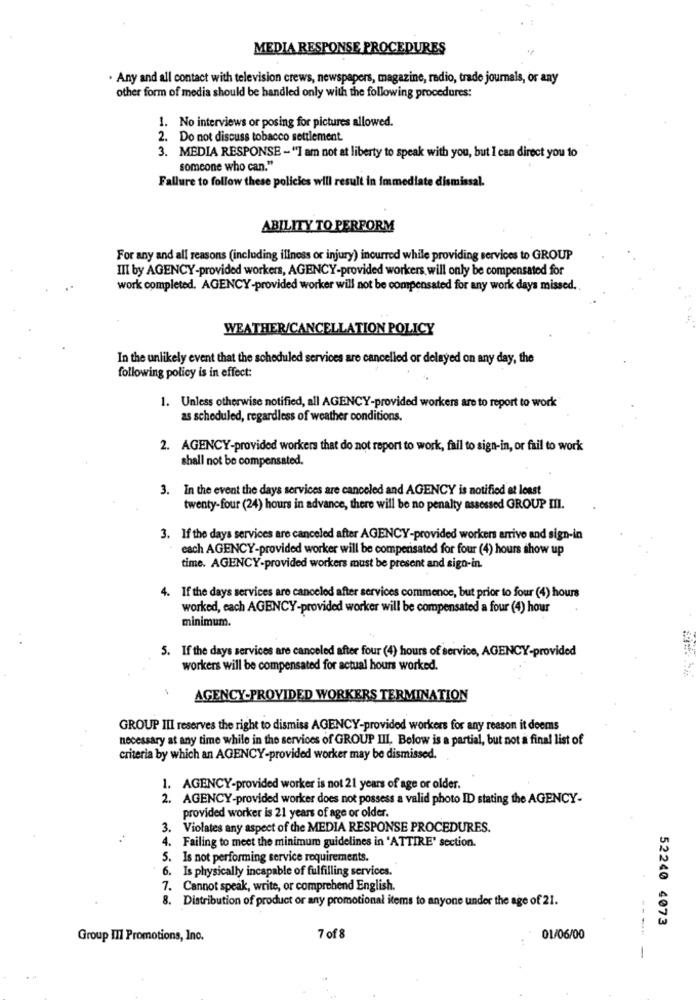
MEDIA RESPONSE PROCEDURES
Any and all contact with television crews, newspapers, magazine, radio, trade journals, or any
other form of media should be handled only with the following procedures:
1. No interviews or posing for pictures allowed.
2. Do not discuss tobacco settlement.
3. MEDIA RESPONSE -"I am not at liberty to speak with you, but I can direct you to
someone who can."
Failure to follow these policies will result in immediate dismissal.
ABILITY TO PERFORM
For any and all reasons (including illness or injury) incurred while providing services to GROUP
III by AGENCY-provided workers, AGENCY-provided workers will only be compensated for
work completed. AGENCY-provided worker will not be compensated for any work days missed ..
WEATHER/CANCELLATION POLICY
In the unlikely event that the scheduled services are cancelled or delayed on any day, the
following policy is in effect:
1. Unless otherwise notified, all AGENCY-provided workers are to report to work
as scheduled, regardless of weather conditions.
2. AGENCY-provided workers that do not report to work, fail to sign-in, or fail to work
shall not be compensated.
3. In the event the days services are canceled and AGENCY is notified at least
twenty-four (24) hours in advance, there will be no penalty assessed GROUP III.
3. If the days services are canceled after AGENCY-provided workers arrive and sign-in
each AGENCY-provided worker will be compensated for four (4) hours show up
time. AGENCY-provided workers must be present and sign-in.
. If the days services are canceled after services commence, but prior to four (4) hours
worked, each AGENCY-provided worker will be compensated a four (4) hour
minimum.
5. If the days services are canceled after four (4) hours of service, AGENCY-provided
workers will be compensated for actual hours worked.
AGENCY-PROVIDED WORKERS TERMINATION
GROUP III reserves the right to dismiss AGENCY-provided workers for any reason it deems
necessary at any time while in the services of GROUP III, Below is a partial, but not a final list of
criteria by which an AGENCY-provided worker may be dismissed.
1. AGENCY-provided worker is not 21 years of age or older.
2. AGENCY-provided worker does not possess a valid photo ID stating the AGENCY-
provided worker is 21 years of age or older.
3. Violates any aspect of the MEDIA RESPONSE PROCEDURES.
4. Failing to meet the minimum guidelines in 'ATTIRE' section.
5. Is not performing service requirements.
6. Is physically incapable of fulfilling services.
7. Cannot speak, write, or comprehend English.
8. Distribution of product or any promotional items to anyone under the age of 21.
52240 4073
Group III Promotions, Inc.
7 of 8
01/06/00
----
-